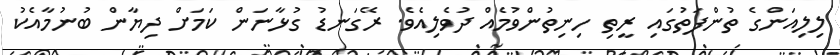
ލިލިއަންގެ ތުންފަތުގައި ރީތި ހިނިތުންވުމެއް ދުވެލިއެވެ. ރޭގަނޑު ގުޅާނަން ކަމަށް ދިޔާން ބުނުމާއެކު